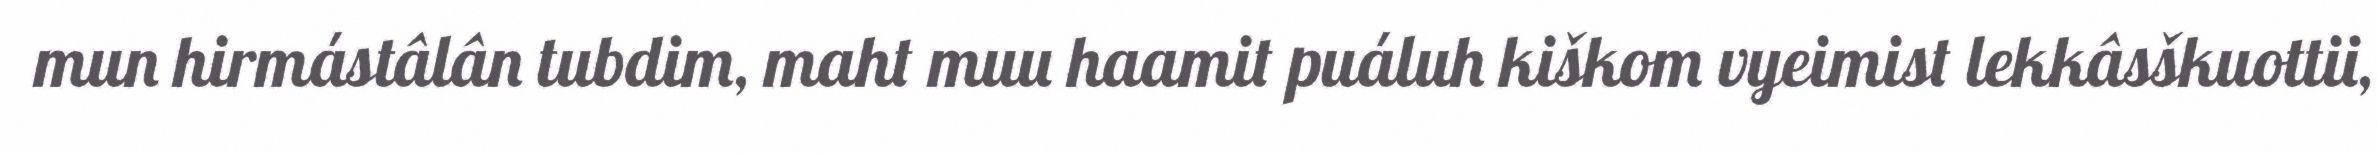
mun hirmástâlân tubdim, maht muu haamit puáluh kiškom vyeimist lekkâsškuottii,